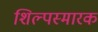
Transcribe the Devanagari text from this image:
शिल्पस्मारक